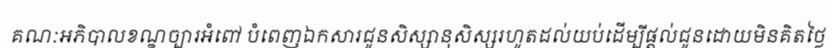
គណៈអភិបាលខណ្ឌច្បារអំពៅ បំពេញឯកសារជូនសិស្សានុសិស្សរហូតដល់យប់ដើម្បីផ្តល់ជូនដោយមិនគិតថ្លៃ